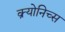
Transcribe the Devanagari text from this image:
क्र्योनिच्स